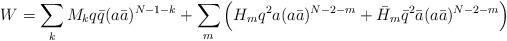
LaTeX: \begin{align*}W=\sum_k M_k q \bar{q} (a\bar{a})^{N-1-k} + \sum_m \Big( H_m q^2 a(a\bar{a})^{N-2-m}+\bar{H}_m \bar{q}^2 \bar{a} (a\bar{a})^{N-2-m} \Big)\end{align*}